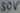
Text: 50V